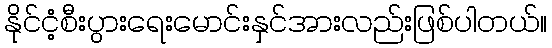
နိုင်ငံ့စီးပွားရေးမောင်းနှင်အားလည်းဖြစ်ပါတယ်။